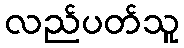
လည်ပတ်သူ